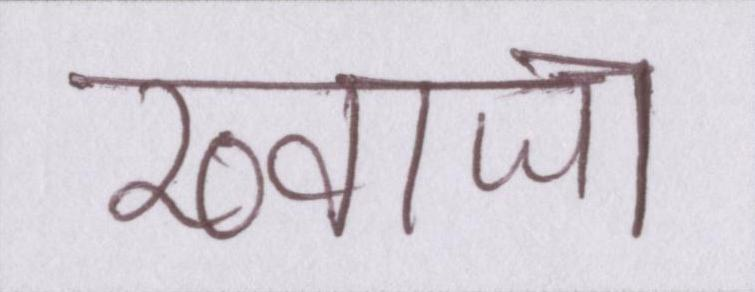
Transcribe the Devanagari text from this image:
ख्वाजा